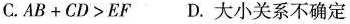
C.$$ AB+CD>EF $$ D.大小关系不确定